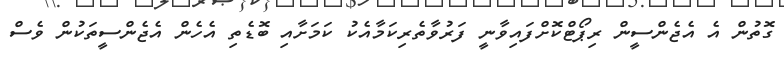
ގޮތުން އެ އެޖެންސީން ރިޕޯޓްކޮށްފައިވާނީ ފަރުވާތެރިކަމާއެކު ކަމަށާއި ބޮޑެތި އެހެން އެޖެންސީތަކުން ވެސް